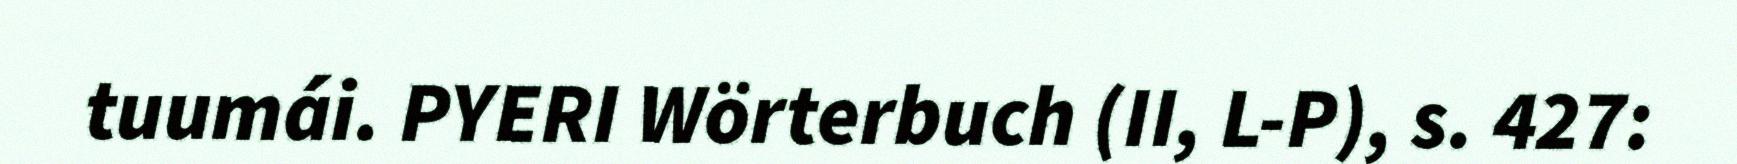
tuumái. PYERI Wörterbuch (II, L-P), s. 427: